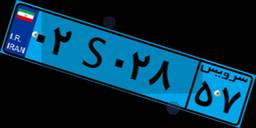
۹۵S۰۷۹۳۸